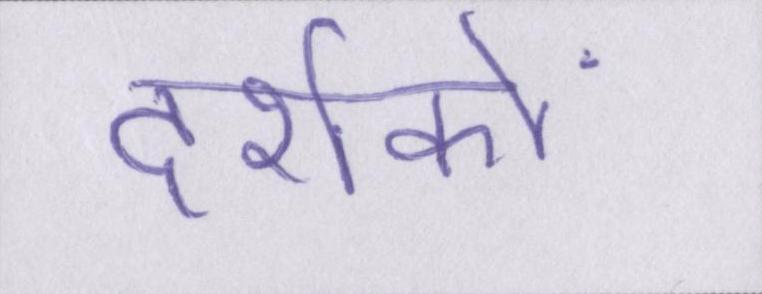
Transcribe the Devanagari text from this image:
दर्शकों